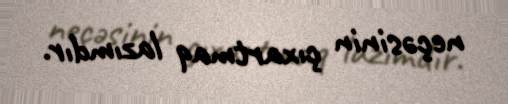
neçəsinin çıxartmaq lazımdır.